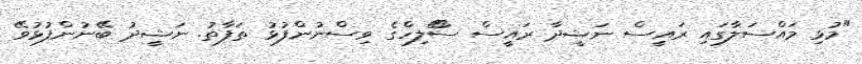
"މުޅި މައްސަލާގައި ރައީސް ނަޝީދާ ރައީސް ސޯޯލިހްގެ ވިސްނުންފުޅު ތަފާތު. ނަޝީދު ބޭނުންފުޅުވޭ